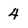
Character: 4